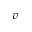
v